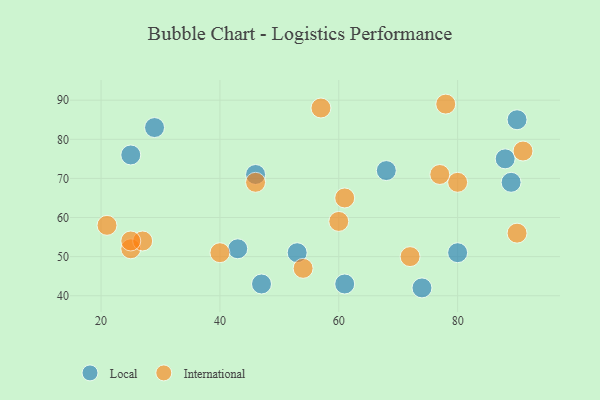
{"axis": {"x": "GDP", "y": "Life Expectancy"}, "legend": ["International", "Local"], "data": [{"x": "90", "y": 85, "type": "Local"}, {"x": "53", "y": 51, "type": "Local"}, {"x": "46", "y": 71, "type": "Local"}, {"x": "74", "y": 42, "type": "Local"}, {"x": "89", "y": 69, "type": "Local"}, {"x": "29", "y": 83, "type": "Local"}, {"x": "47", "y": 43, "type": "Local"}, {"x": "68", "y": 72, "type": "Local"}, {"x": "88", "y": 75, "type": "Local"}, {"x": "25", "y": 76, "type": "Local"}, {"x": "43", "y": 52, "type": "Local"}, {"x": "80", "y": 51, "type": "Local"}, {"x": "61", "y": 43, "type": "Local"}, {"x": "25", "y": 52, "type": "International"}, {"x": "72", "y": 50, "type": "International"}, {"x": "40", "y": 51, "type": "International"}, {"x": "91", "y": 77, "type": "International"}, {"x": "21", "y": 58, "type": "International"}, {"x": "27", "y": 54, "type": "International"}, {"x": "25", "y": 54, "type": "International"}, {"x": "60", "y": 59, "type": "International"}, {"x": "46", "y": 69, "type": "International"}, {"x": "57", "y": 88, "type": "International"}, {"x": "80", "y": 69, "type": "International"}, {"x": "54", "y": 47, "type": "International"}, {"x": "90", "y": 56, "type": "International"}, {"x": "78", "y": 89, "type": "International"}, {"x": "77", "y": 71, "type": "International"}, {"x": "61", "y": 65, "type": "International"}]}